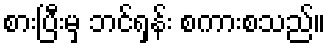
စားပြီးမှ ဘင်ရှန်း စကားစသည်။